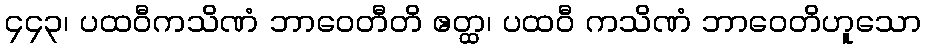
၄၄၃၊ ပထဝီကသိဏံ ဘာဝေတီတိ ဧတ္ထ၊ ပထဝီ ကသိဏံ ဘာဝေတိဟူသော